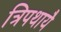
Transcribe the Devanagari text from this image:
त्रिपथायै